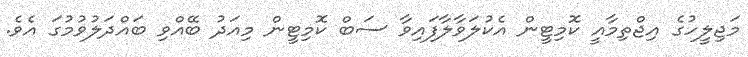
މަޖިލީހުގެ އިޖްތިމާއީ ކޮމިޓީން އެކުލަވާލާފައިވާ ސަބް ކޮމިޓީން މިއަދު ބޭއްވި ބައްދަލުވުމުގަ އެވެ.